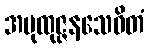
အပုထုဇ္ဇနသေဝိတံ